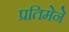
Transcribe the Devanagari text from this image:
प्रतिमेने